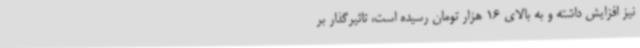
نیز افزایش داشته و به بالای 16 هزار تومان رسیده است، تاثیرگذار بر